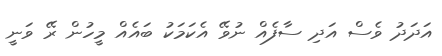
އަދަދު ވެސް އަދި ސާފެއް ނުވޭ އެކަމަކު ބައެއް މީހުން ރޭ ވަނީ